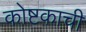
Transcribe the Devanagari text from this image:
कोष्टकाची